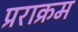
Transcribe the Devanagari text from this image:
प्रराक्रम